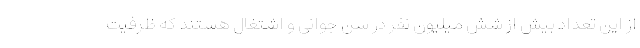
از این تعداد بیش از شش میلیون نفر در سن جوانی و اشتغال هستند که ظرفیت